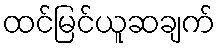
ထင်မြင်ယူဆချက်